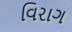
વિરાગ